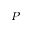
P